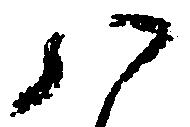
八